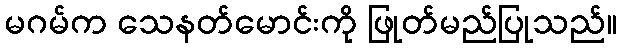
မဂမ်က သေနတ်မောင်းကို ဖြုတ်မည်ပြုသည်။